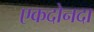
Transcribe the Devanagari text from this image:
एकदोनदा